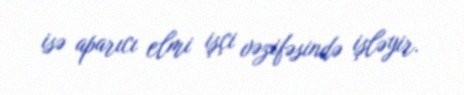
isə aparıcı elmi işçi vəzifəsində işləyir.